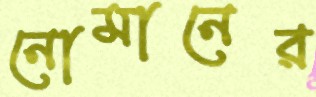
নোমানের